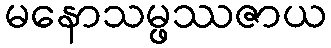
မနောသမ္ဖဿဇာယ